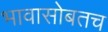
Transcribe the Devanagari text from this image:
भावासोबतच